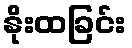
နိုးထခြင်း